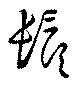
鬚